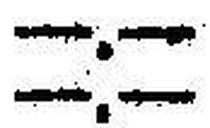
—.—